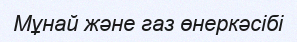
Мұнай және газ өнеркәсібі